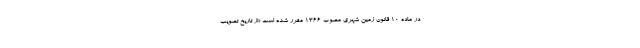
در ماده ۱۰ قانون زمین شهری مصوب ۱۳۶۶ مقرر شده است «از تاریخ تصویب